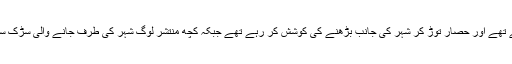
کچھ واویلا مچاتے لوگ پولیس سے جھڑپ رہے تھے اور حصار توڑ کر شہر کی جانب بڑھنے کی کوشش کر رہے تھے جبکہ کچھ منتشر لوگ شہر کی طرف جانے والی سڑک سے واپس ہماری جانب دوڑے چلے آ رہے تھے۔